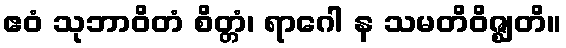
ဧဝံ သုဘာဝိတံ စိတ္တံ၊ ရာဂေါ န သမတိဝိဇ္ဈတိ။